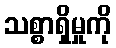
သစ္စာရှိမှုကို